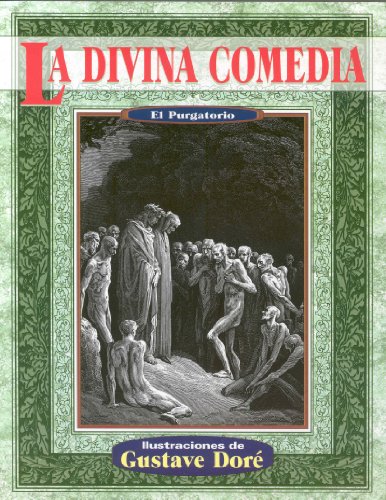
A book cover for La divina comedia purgatorio (Illustrated by Dore) (Spanish Edition); Dante Alighieri; Literature & Fiction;